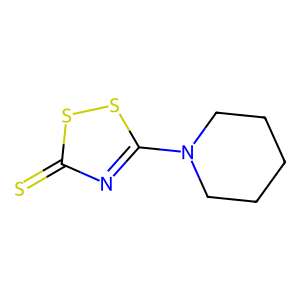
SMILES: S=c1nc(N2CCCCC2)ss1
Inhibits HIV replication: No